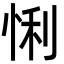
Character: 悧